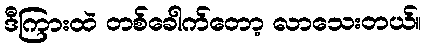
ဒီကြားထဲ တစ်ခေါက်တော့ လာသေးတယ်။